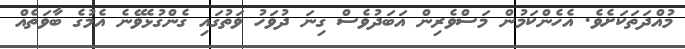
މުއްދަތަކަށެވެ. އެހެންކަމުން މަސްވެރިން އަބަދުވެސް ގިނަ ދުވަހު ވަތުގައި ގެންގުޅެވޭނެ އެމުގެ ބާވަތެއް